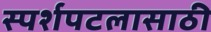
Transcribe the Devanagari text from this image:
स्पर्शपटलासाठी